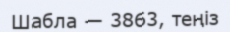
Шабла — 3863, теңіз